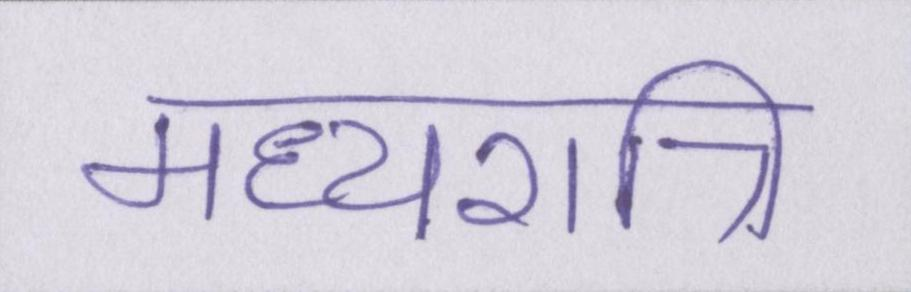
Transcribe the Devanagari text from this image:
मध्यरात्रि